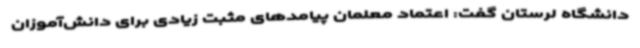
دانشگاه لرستان گفت: اعتماد معلمان پیامدهای مثبت زیادی برای دانش‌آموزان